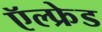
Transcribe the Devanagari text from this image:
ऍल्फ्रेड